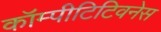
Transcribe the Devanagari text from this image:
कॉम्पीटिटिवनेस